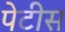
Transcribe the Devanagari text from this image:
पेटीस